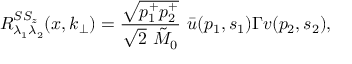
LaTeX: R _ { \lambda _ { 1 } \lambda _ { 2 } } ^ { S S _ { z } } ( x , k _ { \bot } ) = { \frac { \sqrt { p _ { 1 } ^ { + } p _ { 2 } ^ { + } } } { \sqrt { 2 } ~ { \tilde { M } _ { 0 } } } } ~ \bar { u } ( p _ { 1 } , s _ { 1 } ) \Gamma v ( p _ { 2 } , s _ { 2 } ) ,